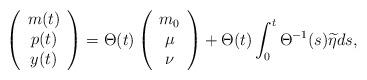
LaTeX: \begin{align*}\left( \begin{array}{c} m(t) \\ p(t) \\ y(t) \\ \end{array}\right)=\Theta(t)\left( \begin{array}{c} m_0 \\ \mu \\ \nu \\ \end{array}\right)+\Theta(t)\int_0^t \Theta^{-1}(s)\widetilde \eta ds,\end{align*}